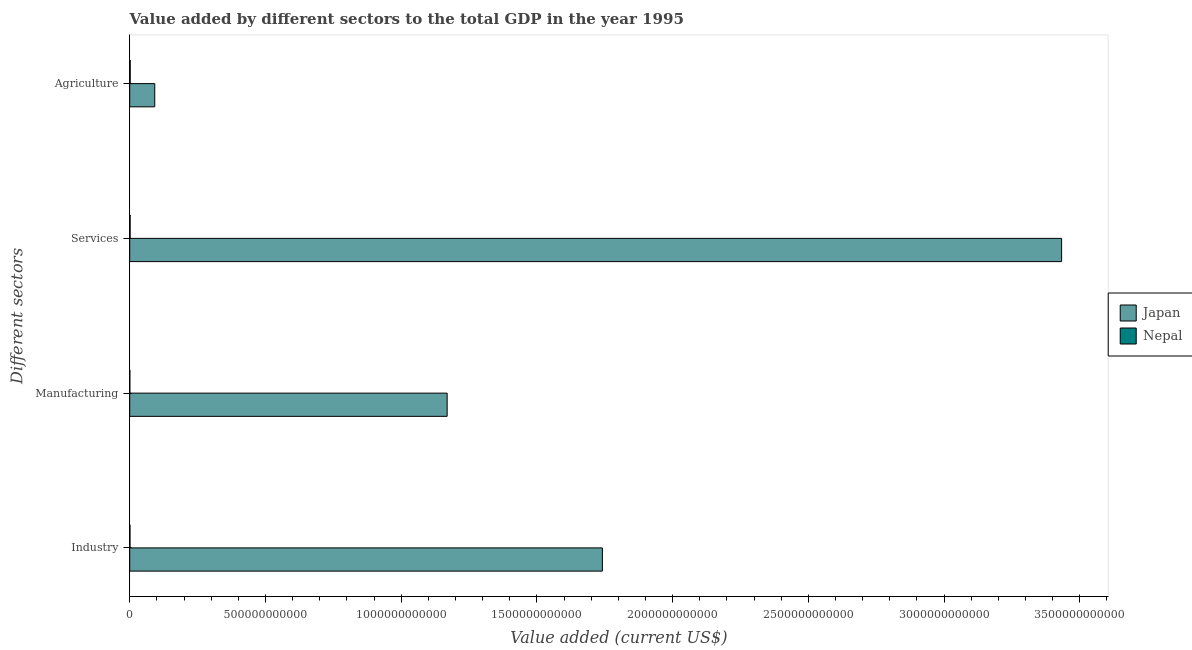
| Different sectors | Japan | Nepal |
 | --- | --- | --- |
 | Industry | 1.74e+12 | 9.36e+08 |
 | Manufacturing | 1.17e+12 | 3.93e+08 |
 | Services | 3.43e+12 | 1.46e+09 |
 | Agriculture | 9.22e+10 | 1.72e+09 |